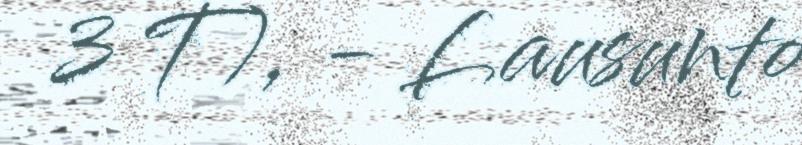
3 T), - Lausunto